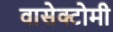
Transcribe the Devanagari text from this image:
वासेक्टोमी